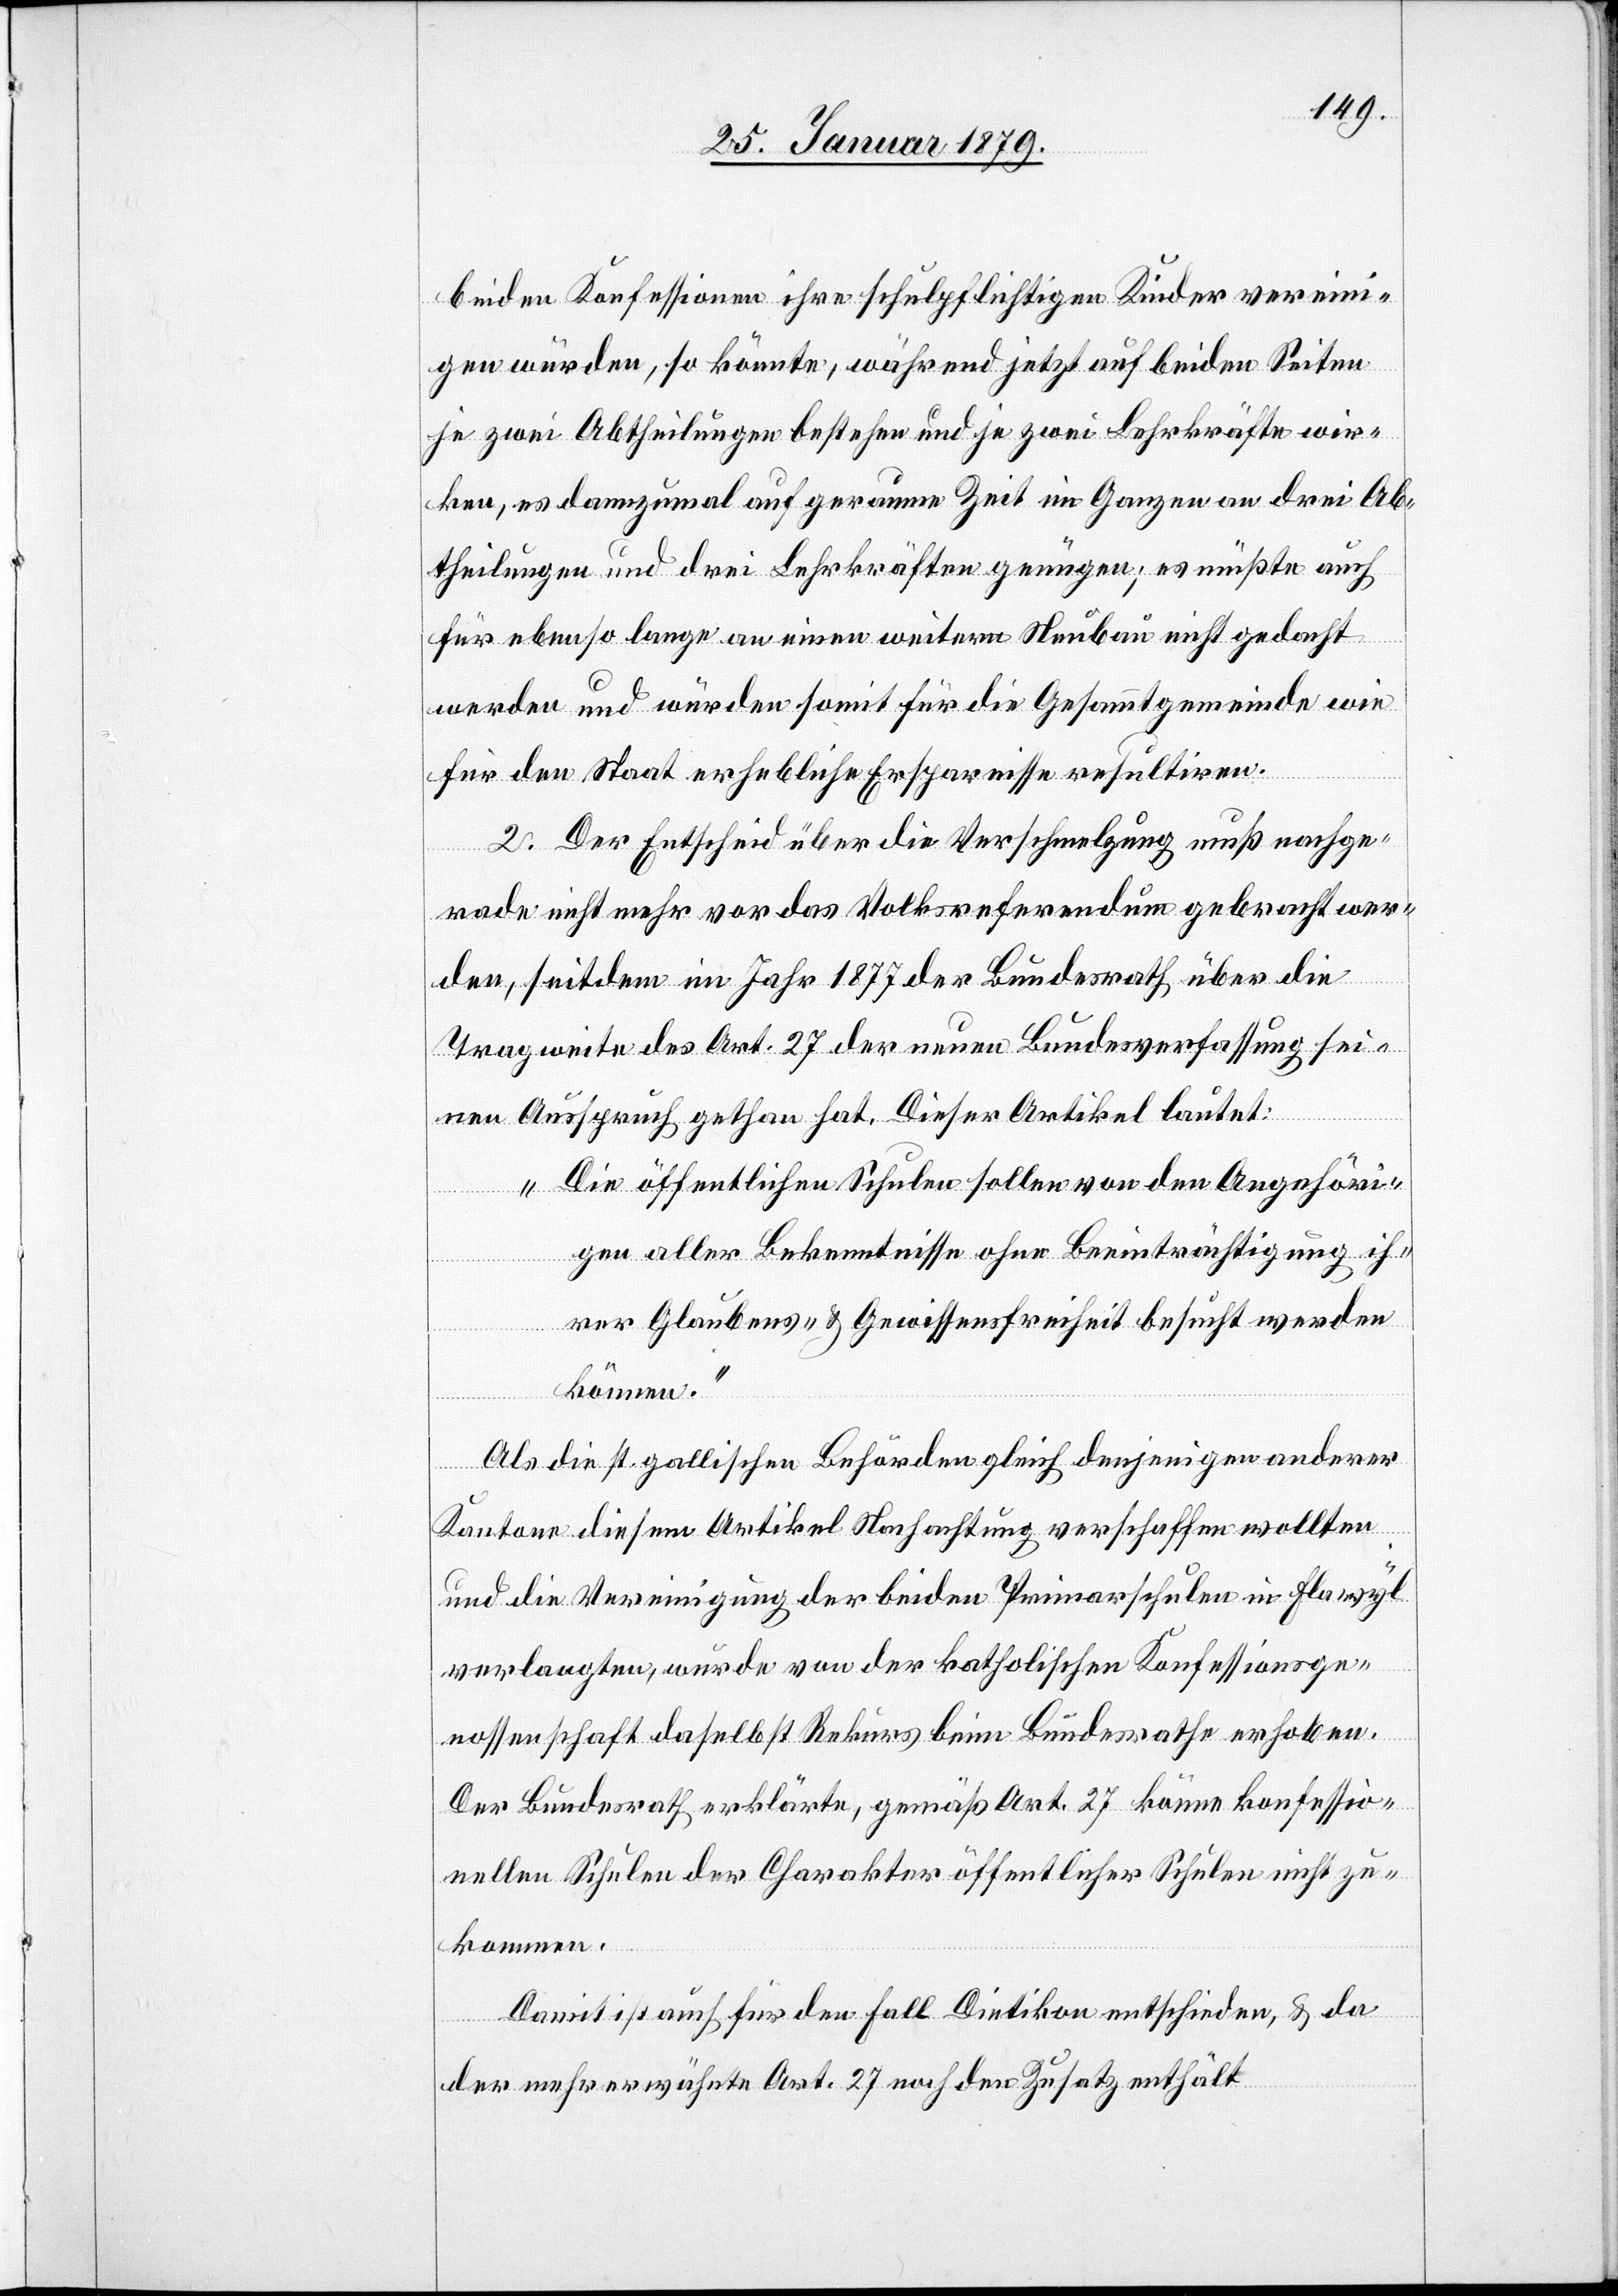
beiden Konfessionen ihre schulpflichtigen Kinder vereini¬
gen würden, so könnte, während jetzt auf beiden Seiten
je zwei Abtheilungen bestehen und je zwei Lehrkräfte wir¬
ken, es dannzumal auf geraume Zeit im Ganzen an drei Ab¬
theilungen und drei Lehrkräften genügen; es müßte auch
für ebenso lange an einen weitern Neubau nicht gedacht
werden und würden somit für die Gesammtgemeinde wie
für den Staat erhebliche Ersparnisse resultiren.
2. Der Entscheid über die Verschmelzung muß nachge¬
rade nicht mehr vor das Volksreferendum gebracht wer¬
den, seitdem im Jahr 1877 der Bundesrath über die
Tragweite des Art. 27 der neuen Bundesverfassung sei¬
nen Ausspruch gethan hat. Dieser Artikel lautet:
„Die öffentlichen Schulen sollen von den Angehöri¬
gen aller Bekenntnisse ohne Beeinträchtigung ih¬
rer Glaubens- & Gewissensfreiheit besucht werden
können.“
Als die st. gallischen Behörden gleich denjenigen anderer
Kantone diesem Artikel Nachachtung verschaffen wollten
und die Vereinigung der beiden Primarschulen in Flawyl
verlangten, wurde von der katholischen Konfessionsge¬
nossenschaft daselbst Rekurs beim Bundesrathe erhoben.
Der Bundesrath erklärte, gemäß Art. 27 könne konfessio¬
nellen Schulen der Charakter öffentlicher Schulen nicht zu¬
kommen.
Damit ist auch für den Fall Dietikon entschieden, & da
der mehrerwähnte Art. 27 noch den Zusatz enthält